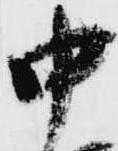
中